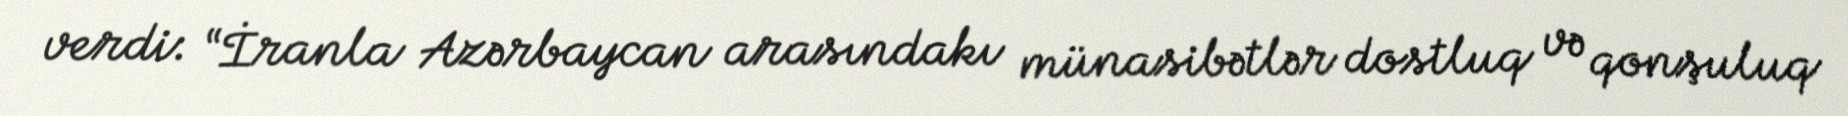
verdi: “İranla Azərbaycan arasındakı münasibətlər dostluq və qonşuluq